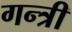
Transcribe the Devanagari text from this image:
गन्त्री